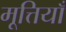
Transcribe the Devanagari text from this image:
मूत्तियाँ